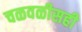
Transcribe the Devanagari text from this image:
चळवळीसही